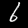
Digit: 6